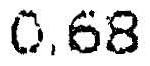
0.68